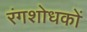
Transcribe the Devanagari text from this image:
रंगशोधकों